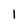
Character: 1